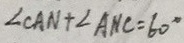
\angle C A N + \angle A N C = 6 0 ^ { \circ }